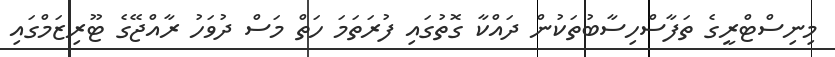
މިނިސްޓްރީގެ ތަފާސްހިސާބުތަކުން ދައްކާ ގޮތުގައި ފުރަތަމަ ހަތް މަސް ދުވަހު ރާއްޖޭގެ ޓޫރިޒަމްގައި